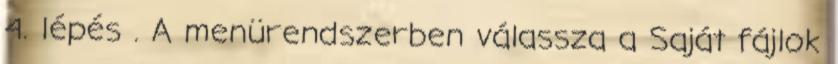
4. lépés . A menürendszerben válassza a Saját fájlok